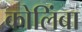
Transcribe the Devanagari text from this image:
कोलिंबा